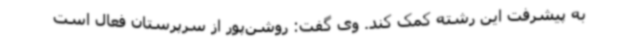
به پیشرفت این رشته کمک کند. وی گفت: روشن‌پور از سرپرستان فعال است